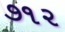
૭૧૨